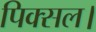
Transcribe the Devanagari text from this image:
पिक्सल।